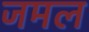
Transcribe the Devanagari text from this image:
जमल